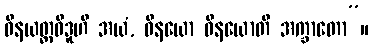
ဝိနယတ္ထဝိဒူဟိ အယံ, ဝိနယော ဝိနယောတိ အက္ခာတော”။